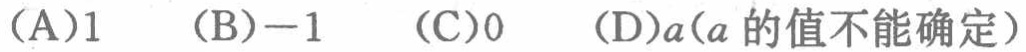
(A)1  (B)$-1$  (C)0  (D)$a$（$a$的值不能确定）